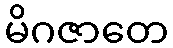
မိဂဇာတေ